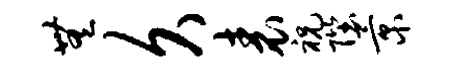
无久表祝陛景